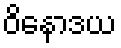
ဝိနောဒယ